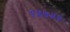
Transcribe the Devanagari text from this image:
१५७५१